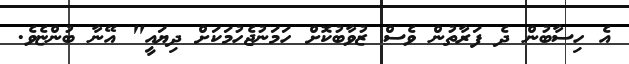
އެ ހިސާބުން ދެ ފަރާތުން ވެސް ޒުވާބުކޮށް ހަމަނުޖެހުމަކަށް ދިޔައީ" އޭނާ ބުންޏެވެ.